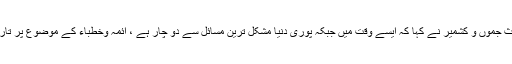
ڈاکٹر عبداللطیف الکندی ناظم صوبائی جمعیت اہل حدیث جموں و کشمیر نے کہا کہ ایسے وقت میں جبکہ پوری دنیا مشکل ترین مسائل سے دو چار ہے ، ائمہ وخطباء کے موضوع پر تاریخی اور عظیم الشان کانفرنس کا انعقاد نہایت اہم ہے ۔